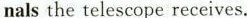
nals the telescope receives.